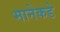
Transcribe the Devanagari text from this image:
मानेकडे